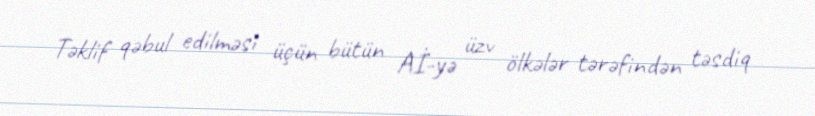
Təklif qəbul edilməsi üçün bütün Aİ-yə üzv ölkələr tərəfindən təsdiq